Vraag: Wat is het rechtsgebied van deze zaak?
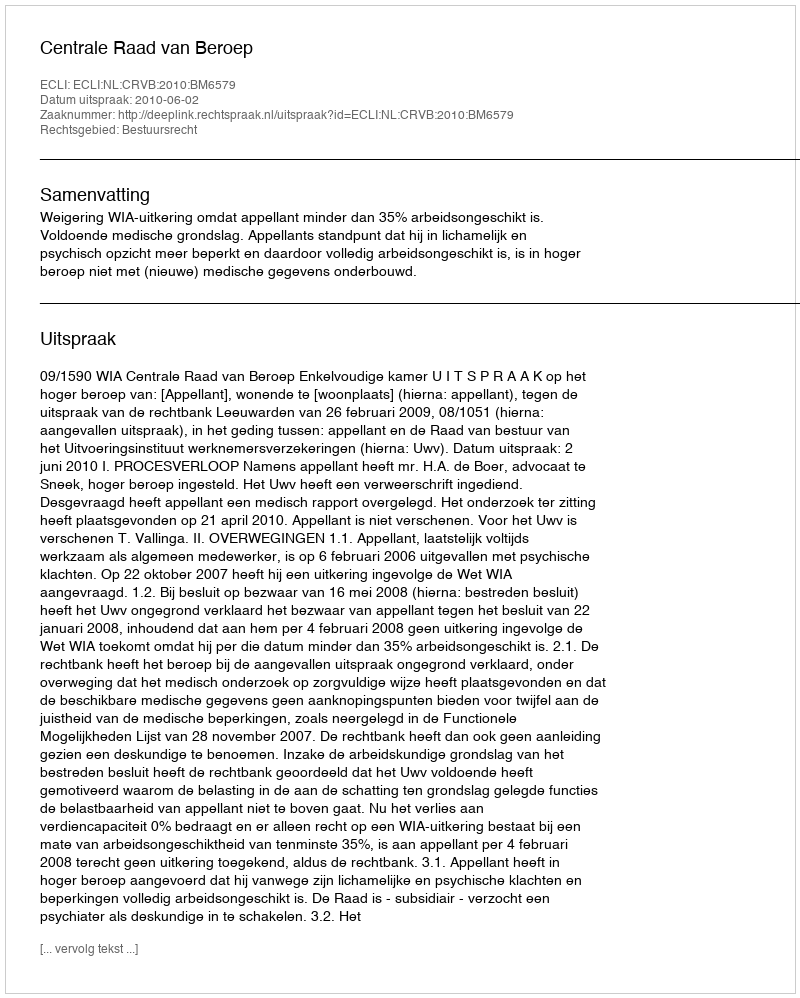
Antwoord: Bestuursrecht